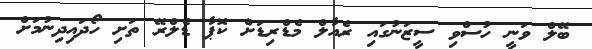
ބޭލް ވަނީ ހުސްވި ސީޒަނުގައި ރެއާލް މެޑްރިޑަށް ކޮޕާ ޑެލްރޭ ތަށި ހޯދައިދިނުމަށް